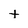
Character: t